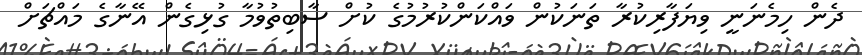
ދެން ހިމެނަނީ ވިޔަފާރިކުރާ ތަނަކުން ވައްކަންކުރުމުގެ ކުށް ސާބިތުވުމާ ގުޅިގެން އޭނާގެ މައްޗަށް